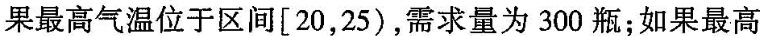
果最高气温位于区间[20，25)，需求量为300瓶；如果最高